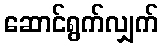
ဆောင်ရွက်လျှက်